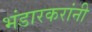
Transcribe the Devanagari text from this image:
भंडारकरांनी